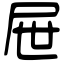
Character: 屉